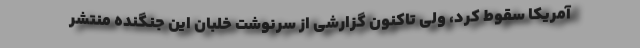
آمریکا سقوط کرد، ولی تاکنون گزارشی از سرنوشت خلبان این جنگنده منتشر